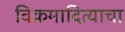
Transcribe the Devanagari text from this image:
विक्रमादित्याचा